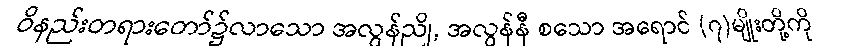
ဝိနည်းတရားတော်၌လာသော အလွန်ညို, အလွန်နီ စသော အရောင် (၇)မျိုးတို့ကို